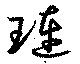
璉